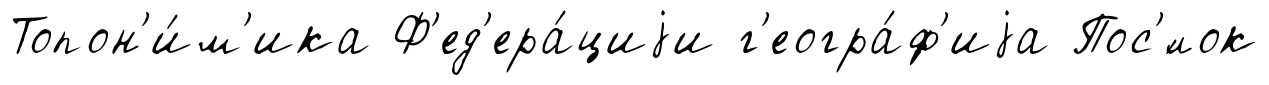
Топон'и́м'ика Ф'ед'ера́циjи г'еогра́ф'иjа Пос'́лок